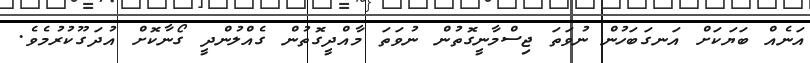
އަނެއް ބަޔަކަށް އަނގަބަހުން ނުވަތަ ޖިސްމާނީގޮތުން ނުވަތަ މާއްދީގޮތުން ގެއްލުންދީ ގޯނާކޮށް އުދަގޫކުރުމެވެ.